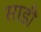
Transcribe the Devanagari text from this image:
साडी़